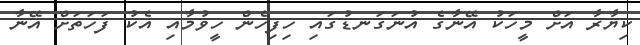
ކިޔާރާ އަށް މީހަކު އޭނާގެ އުނަގަނޑުގައި ހިފިހެން ހީވުމާއި އެކު ފަހަތަށް އޭނާ